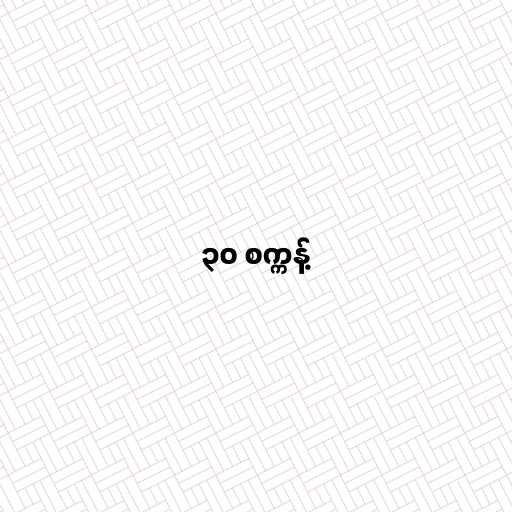
၃၀ စက္ကန့်